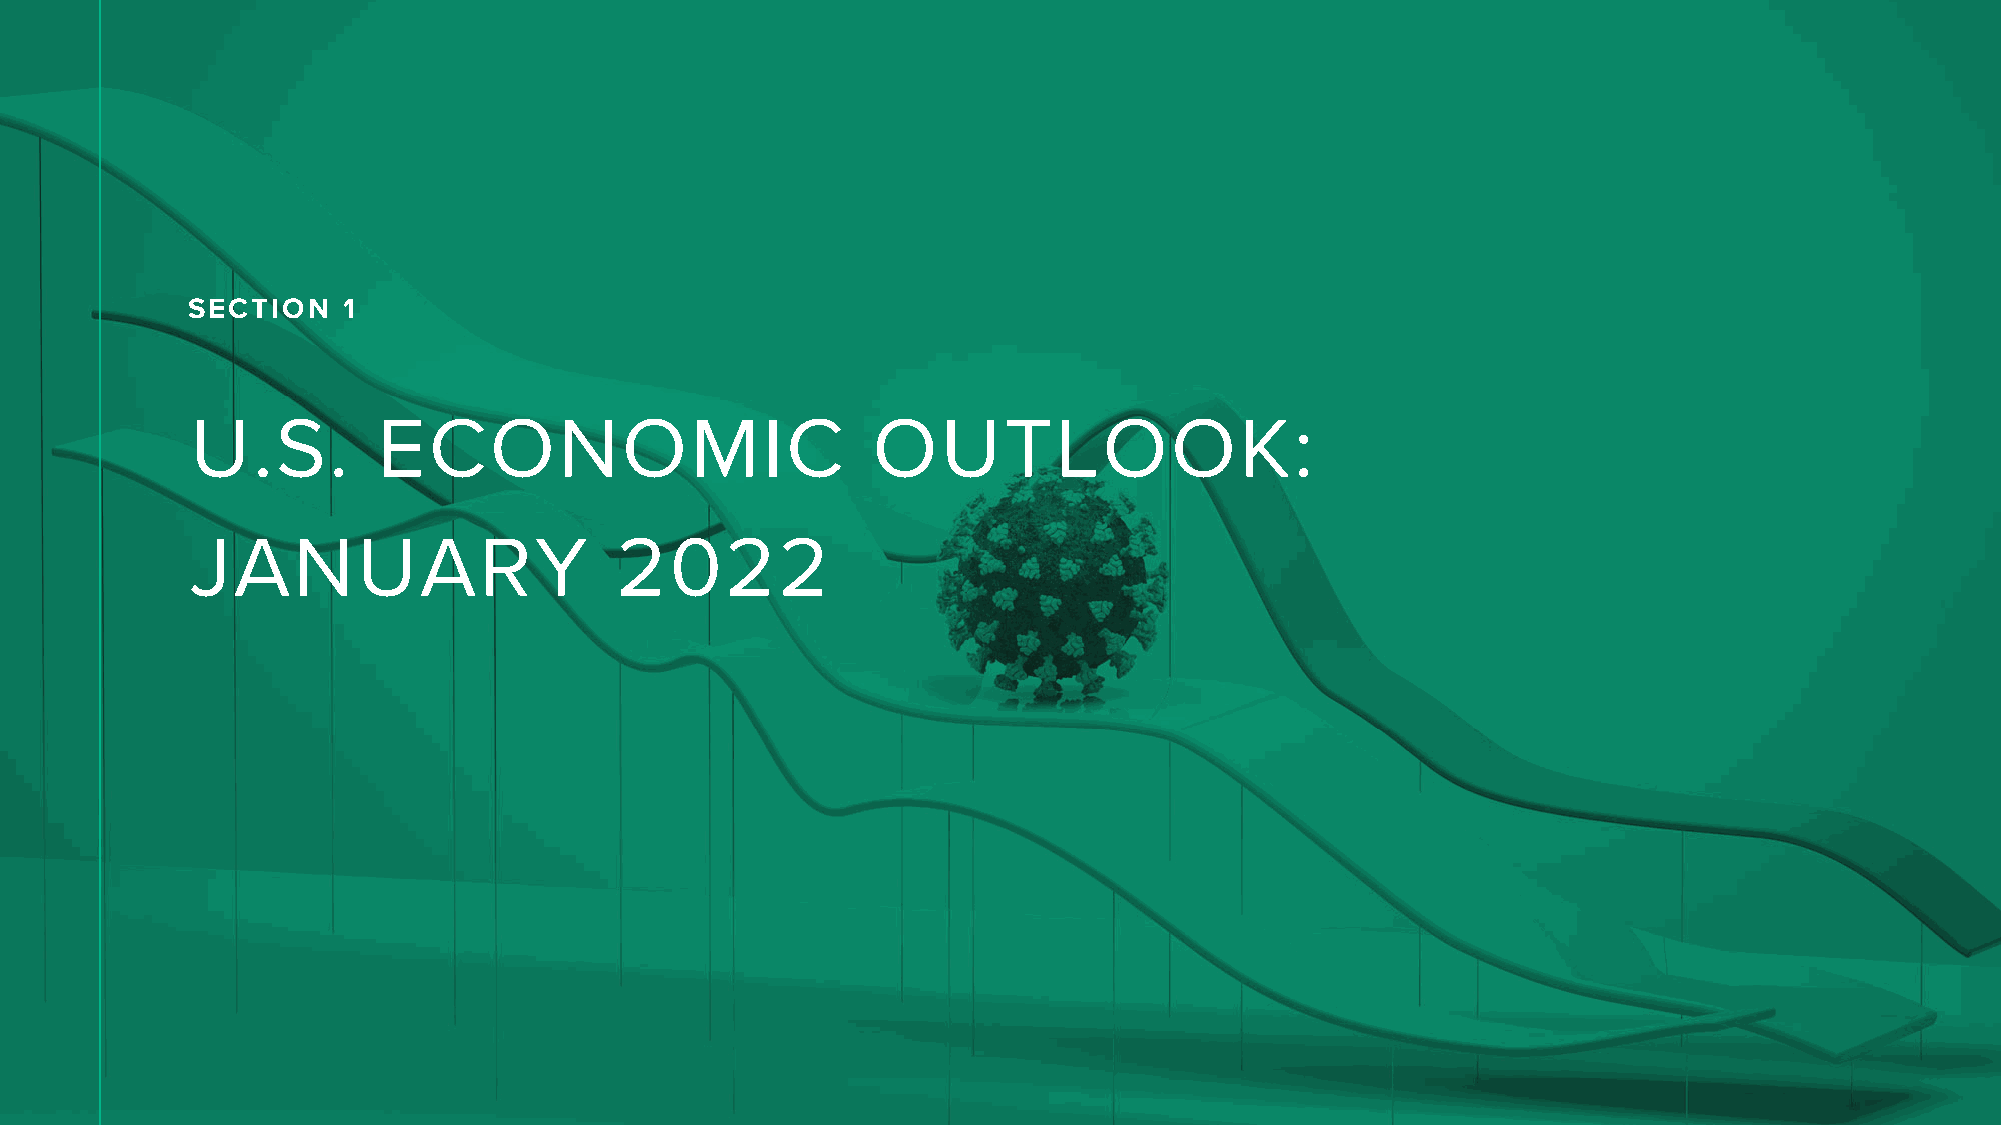
SECTION    1
 U.S.        ECONOMIC                         OUTLOOK:
 JANUARY                     2022